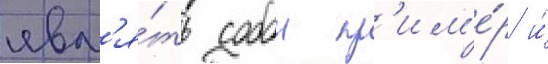
явл'я́ть собои пр'им'е́р и́